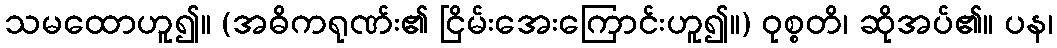
သမထောဟူ၍။ (အဓိကရုဏ်း၏ ငြိမ်းအေးကြောင်းဟူ၍။) ဝုစ္စတိ၊ ဆိုအပ်၏။ ပန၊